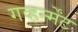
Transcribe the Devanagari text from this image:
गव्हर्न्मेंट